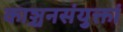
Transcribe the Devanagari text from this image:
काञ्चनसंयुक्तां